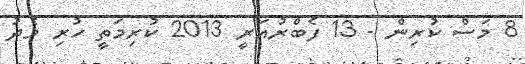
8 މަސް ކުރިން - 13 ފެބްރުއަރީ 2013 ކުރިމަތީ ހުރި މެދު